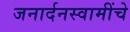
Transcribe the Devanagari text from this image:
जनार्दनस्वामींचे